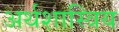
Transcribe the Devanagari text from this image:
अर्थशास्त्रिय